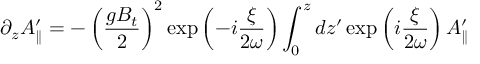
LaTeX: \partial _ { z } A _ { \parallel } ^ { \prime } = - \left( { \frac { g B _ { t } } { 2 } } \right) ^ { 2 } \exp \left( - i { \frac { \xi } { 2 \omega } } \right) \int _ { 0 } ^ { z } d z ^ { \prime } \exp \left( i { \frac { \xi } { 2 \omega } } \right) A _ { \parallel } ^ { \prime }